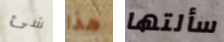
شئ هذا سألتها